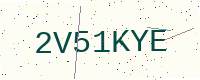
Text: 2V51KYE